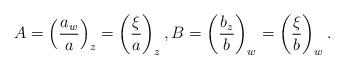
LaTeX: \begin{align*}A=\left(\frac{a_w}{a}\right)_z=\left(\frac{\xi}{a}\right)_z,B=\left(\frac{b_z}{b}\right)_w=\left(\frac{\xi}{b}\right)_w.\end{align*}